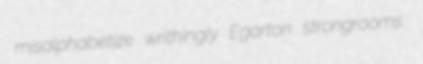
misalphabetize writhingly Egarton strongrooms